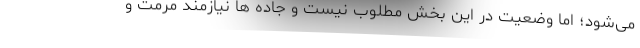
می‌شود؛ اما وضعیت در این بخش مطلوب نیست و جاده ها نیازمند مرمت و